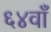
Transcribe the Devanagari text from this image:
६४वाँ